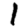
Digit: 1